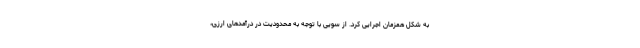
به شکل همزمان اجرایی کرد. از سویی با توجه به محدودیت در درآمدهای ارزی،